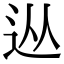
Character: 𨑹